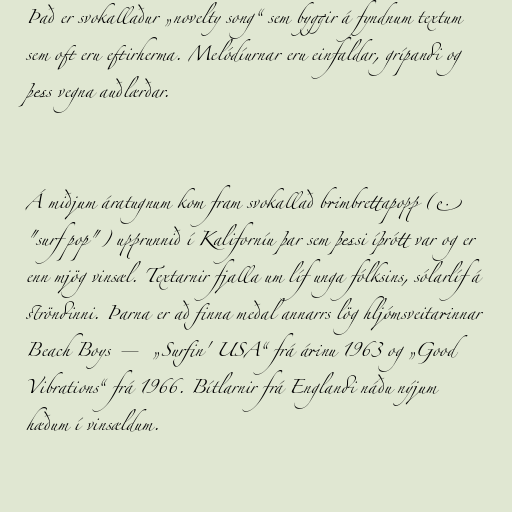
Það er svokallaður „novelty song“ sem byggir á fyndnum textum
sem oft eru eftirherma. Melódíurnar eru einfaldar, grípandi og
þess vegna auðlærðar.

Á miðjum áratugnum kom fram svokallað brimbrettapopp (e.
"surf pop") upprunnið í Kaliforníu þar sem þessi íþrótt var og er
enn mjög vinsæl. Textarnir fjalla um líf unga fólksins, sólarlíf á
ströndinni. Þarna er að finna meðal annarrs lög hljómsveitarinnar
Beach Boys — „Surfin' USA“ frá árinu 1963 og „Good
Vibrations“ frá 1966. Bítlarnir frá Englandi náðu nýjum
hæðum í vinsældum.